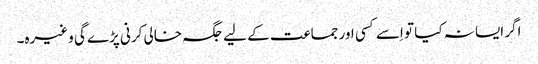
اگر ایسا نہ کیا تو اِسے کسی اور جماعت کے لیے جگہ خالی کرنی پڑے گی وغیرہ۔